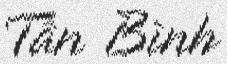
Tân Bình